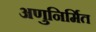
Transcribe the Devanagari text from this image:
अणुनिर्मित